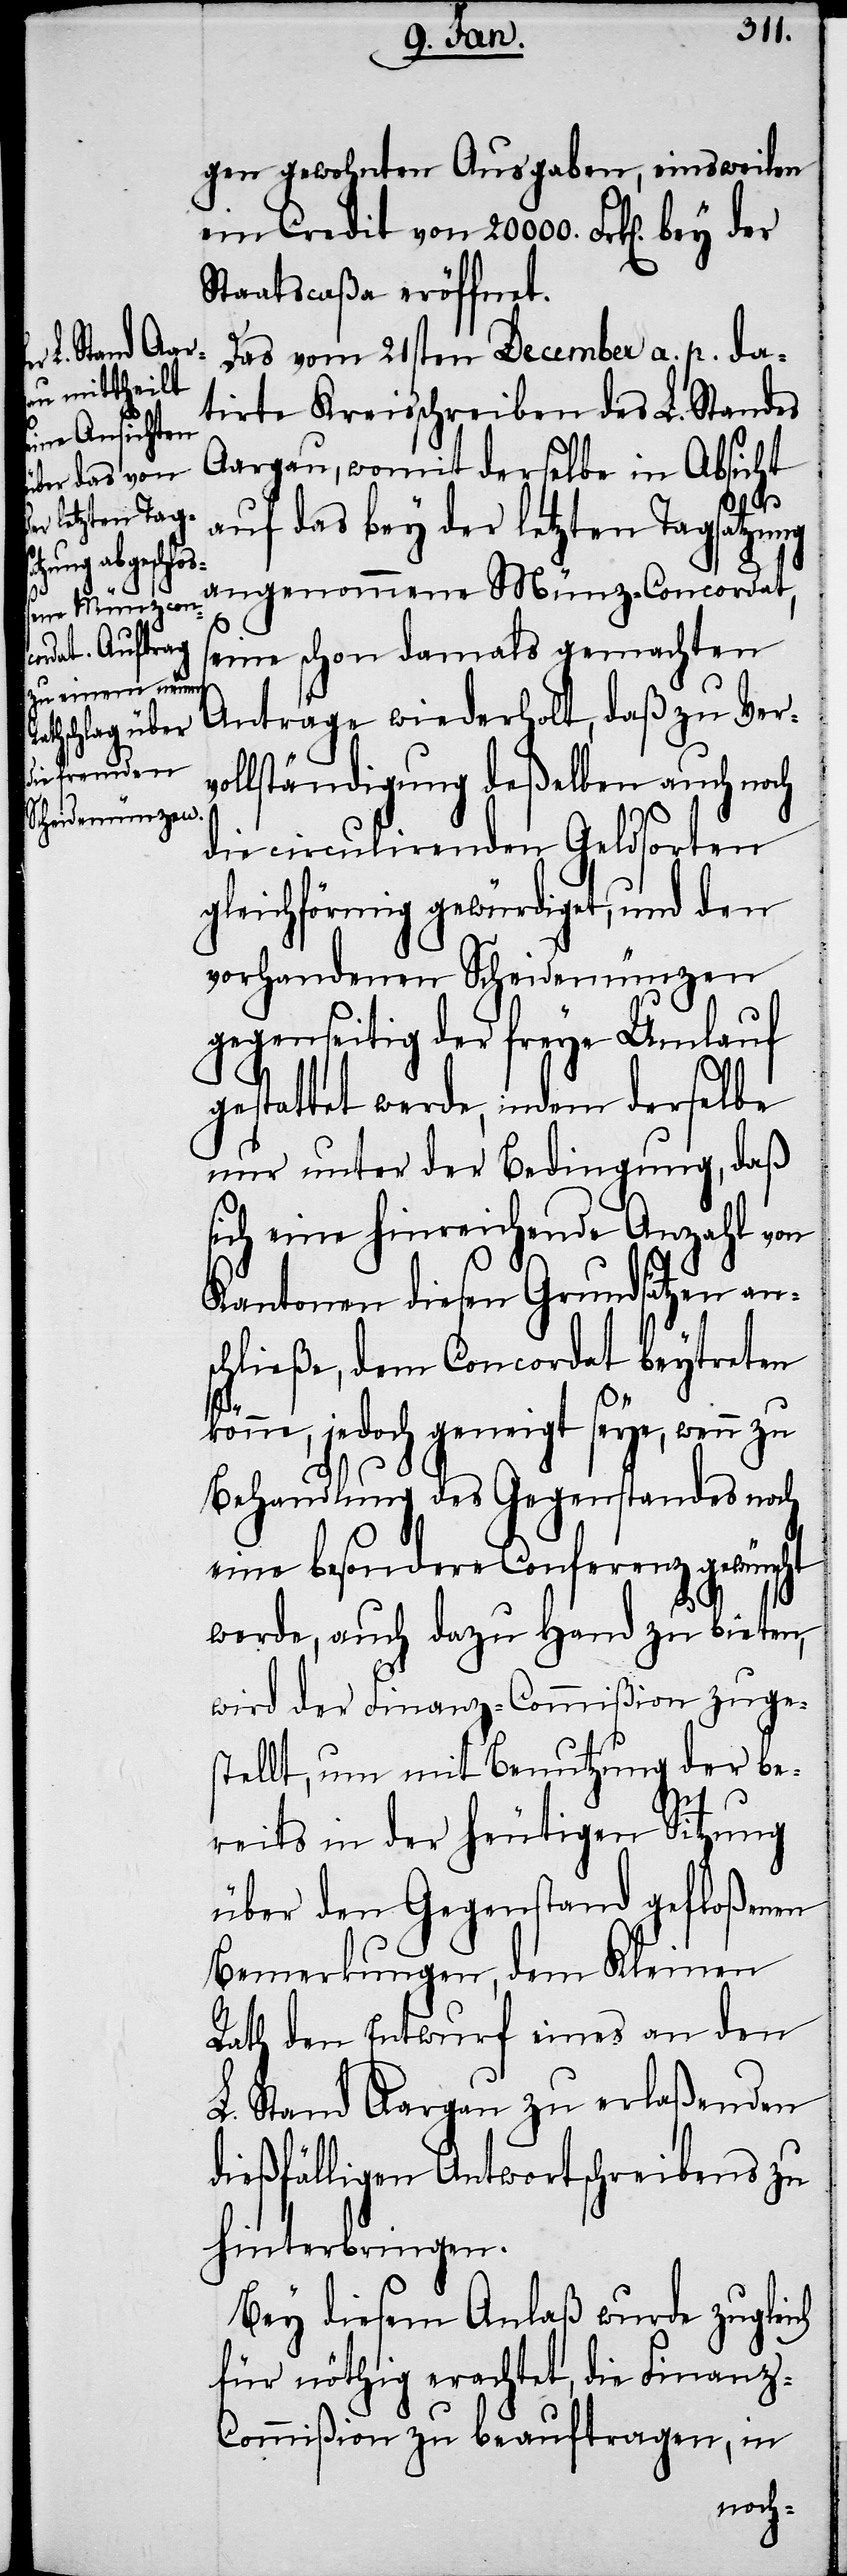
gen gewohnten Ausgaben, einsweilen
ein Credit von 20 000. Frk[en]. bey
Staatscaßa eröffnet.
Das vom 21sten December a. p. da¬
tirte Kreisschreiben des L. Standes
Aargau, womit derselbe in Absicht
auf das bey der letzten Tagsatzung
angenommene Münz-Concordat,
seine schon damals gemachten
Anträge wiederholt, daß zu Ver¬
vollständigung deßelben auch noch
die circulirenden Geldsorten
gleichförmig gewürdiget, und den
vorhandenen Scheidemünzen
gegenseitig der freye Umlauf
gestattet werde, indem derselbe
nur unter der Bedingung, daß
sich eine hinreichende Anzahl von
Kantonen diesen Grundsätzen ans¬
chließe, dem Concordat beytreten
könne, jedoch geneigt seye, wenn zu
Behandlung des Gegenstandes noch
eine besondere Conferenz gewünscht
werde, auch dazu Hand zu bieten,
wird der Finanz-Commißion zuges¬
tellt, um mit Benutzung der be¬
reits in der heutigen Sitzung
über den Gegenstand gefloßenen
Bemerkungen, dem Kleinen
Rath den Entwurf eines an den
L. Stand Aargau zu erlaßenden
dießfälligen Antwortschreibens zu
hinterbringen.
Bey diesem Anlaß wurde zugleich
für nöthig erachtet, die Finanz-C¬
ommißion zu beauftragen, in